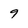
Character: 9